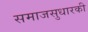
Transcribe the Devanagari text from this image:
समाजसुधारकी